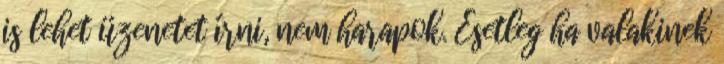
is lehet üzenetet írni, nem harapok. Esetleg ha valakinek